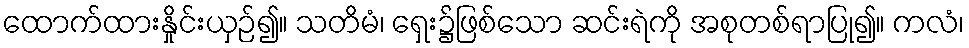
ထောက်ထားနှိုင်းယှဉ်၍။ သတိမံ၊ ရှေး၌ဖြစ်သော ဆင်းရဲကို အစုတစ်ရာပြု၍။ ကလံ၊